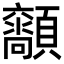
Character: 𩕴